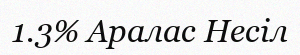
1.3% Аралас Несіл